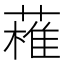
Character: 𱾝